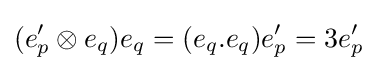
(e'_{p}\otimes e_{q})e_{q}=(e_{q}.e_{q})e'_{p}=3e'_{p}